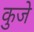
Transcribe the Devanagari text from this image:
कुजे